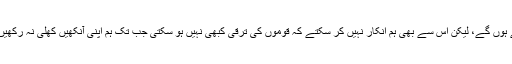
اُن میں سے بہت سے آپ میں بھی یہاں بیٹھے ہوں گے، لیکن اس سے بھی ہم انکار نہیں کر سکتے کہ قوموں کی ترقی کبھی نہیں ہو سکتی جب تک ہم اپنی آنکھیں کھلی نہ رکھیں، جب تک ہم خود اپنے جائزے نہ لیتے رہیں۔